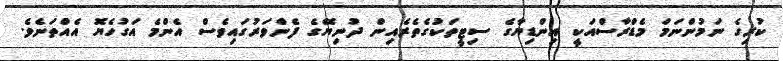
ކުރިގެ ނަމުންނަމަ މެޑްރާސްއަކީ އިންޑިޔާގެ ސިޓީތަކުގެތެރެއިން ދުނިޔޭގެ ފެންވަރުގައިވެސް އެންމެ އަގުހެޔޮ އެއްތަނެވެ.